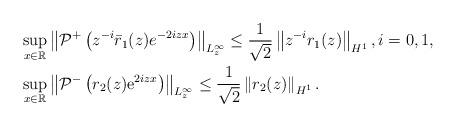
LaTeX: \begin{align*}&\sup _{x \in \mathbb{R}}\left\|\mathcal{P}^+\left(z^{-i}\bar{r}_1(z)e^{-2iz x}\right)\right\|_{L_z^\infty} \leq\frac{1}{\sqrt{2}}\left\|z^{-i}r_1(z)\right\|_{H^1},i=0,1,\\&\sup_{x \in \mathbb{R}}\left\|\mathcal{P}^-\left(r_2(z) \mathrm{e}^{2iz x}\right)\right\|_{L_{z}^{\infty}} \leq\frac{1}{\sqrt{2}}\left\|r_2(z)\right\|_{H^{1}}.\end{align*}